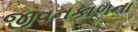
જીવનકાળના